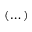
( \dots )